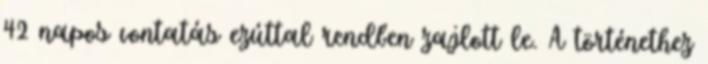
42 napos vontatás ezúttal rendben zajlott le. A történethez